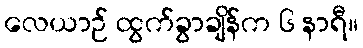
လေယာဉ် ထွက်ခွာချိန်က ၆ နာရီ။